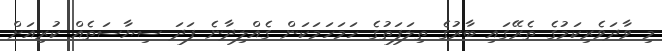
މި ވާދަވެރިކަމުގެ ތެރޭގައި ބާރުގެ ތިލަފަތުގެ ހަމަހަމަކަން ގެއްލިދާނެ ފަދަ ސިޔާސަތެއް ކުރިއަށް